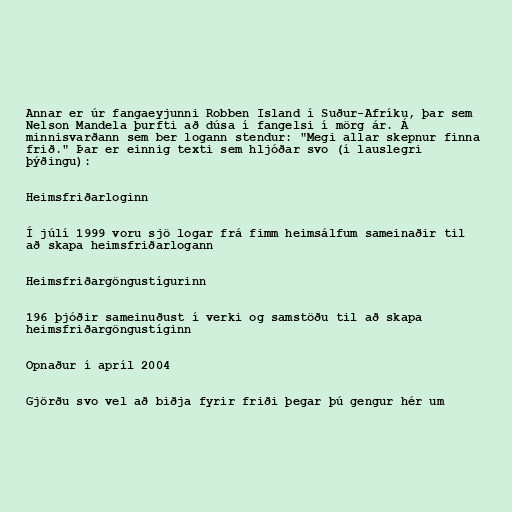
Annar er úr fangaeyjunni Robben Island í Suður-Afríku, þar sem
Nelson Mandela þurfti að dúsa í fangelsi í mörg ár. Á
minnisvarðann sem ber logann stendur: "Megi allar skepnur finna
frið." Þar er einnig texti sem hljóðar svo (í lauslegri
þýðingu):

Heimsfriðarloginn

Í júlí 1999 voru sjö logar frá fimm heimsálfum sameinaðir til
að skapa heimsfriðarlogann

Heimsfriðargöngustígurinn

196 þjóðir sameinuðust í verki og samstöðu til að skapa
heimsfriðargöngustíginn

Opnaður í apríl 2004

Gjörðu svo vel að biðja fyrir friði þegar þú gengur hér um